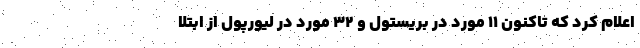
اعلام کرد که تاکنون ۱۱ مورد در بریستول و ۳۲ مورد در لیورپول از ابتلا